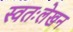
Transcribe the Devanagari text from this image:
स्वतःलेखन